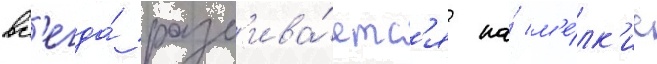
вс'егда́ разб'ива́етс'я на́ м'е́лк'ие